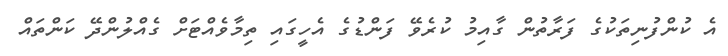
އެ ކުންފުނިތަކުގެ ފަރާތުން ގާއިމު ކުރެވޭ ފަންޑުގެ އެހީގައި ތިމާވެއްޓަށް ގެއްލުންދޭ ކަންތައް